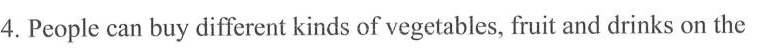
4.People can buy different kinds of vegetables, fruit and drinks on the